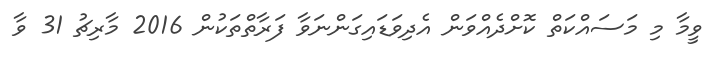
ވީމާ މި މަސައްކަތް ކޮށްދެއްވަން އެދިވަޑައިގަންނަވާ ފަރާތްތަކުން 2016 މާރިޗު 31 ވާ